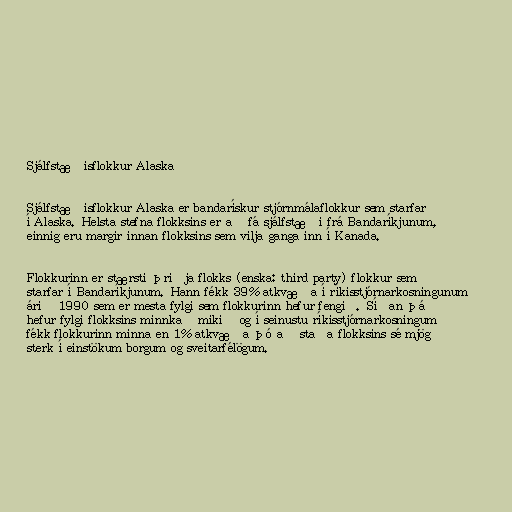
Sjálfstæðisflokkur Alaska

Sjálfstæðisflokkur Alaska er bandarískur stjórnmálaflokkur sem starfar
í Alaska. Helsta stefna flokksins er að fá sjálfstæði frá Bandaríkjunum,
einnig eru margir innan flokksins sem vilja ganga inn í Kanada.

Flokkurinn er stærsti þriðja flokks (enska: third party) flokkur sem
starfar í Bandaríkjunum. Hann fékk 39% atkvæða í ríkisstjórnarkosningunum
árið 1990 sem er mesta fylgi sem flokkurinn hefur fengið. Síðan þá
hefur fylgi flokksins minnkað mikið og í seinustu ríkisstjórnarkosningum
fékk flokkurinn minna en 1% atkvæða þó að staða flokksins sé mjög
sterk í einstökum borgum og sveitarfélögum.